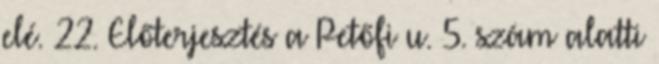
elé. 22. Előterjesztés a Petőfi u. 5. szám alatti